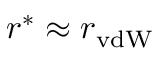
r ^ { * } \approx r _ { \mathrm { v d W } }